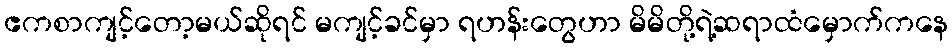
ဧကစာကျင့်တော့မယ်ဆိုရင် မကျင့်ခင်မှာ ရဟန်းတွေဟာ မိမိတို့ရဲ့ဆရာထံမှောက်ကနေ